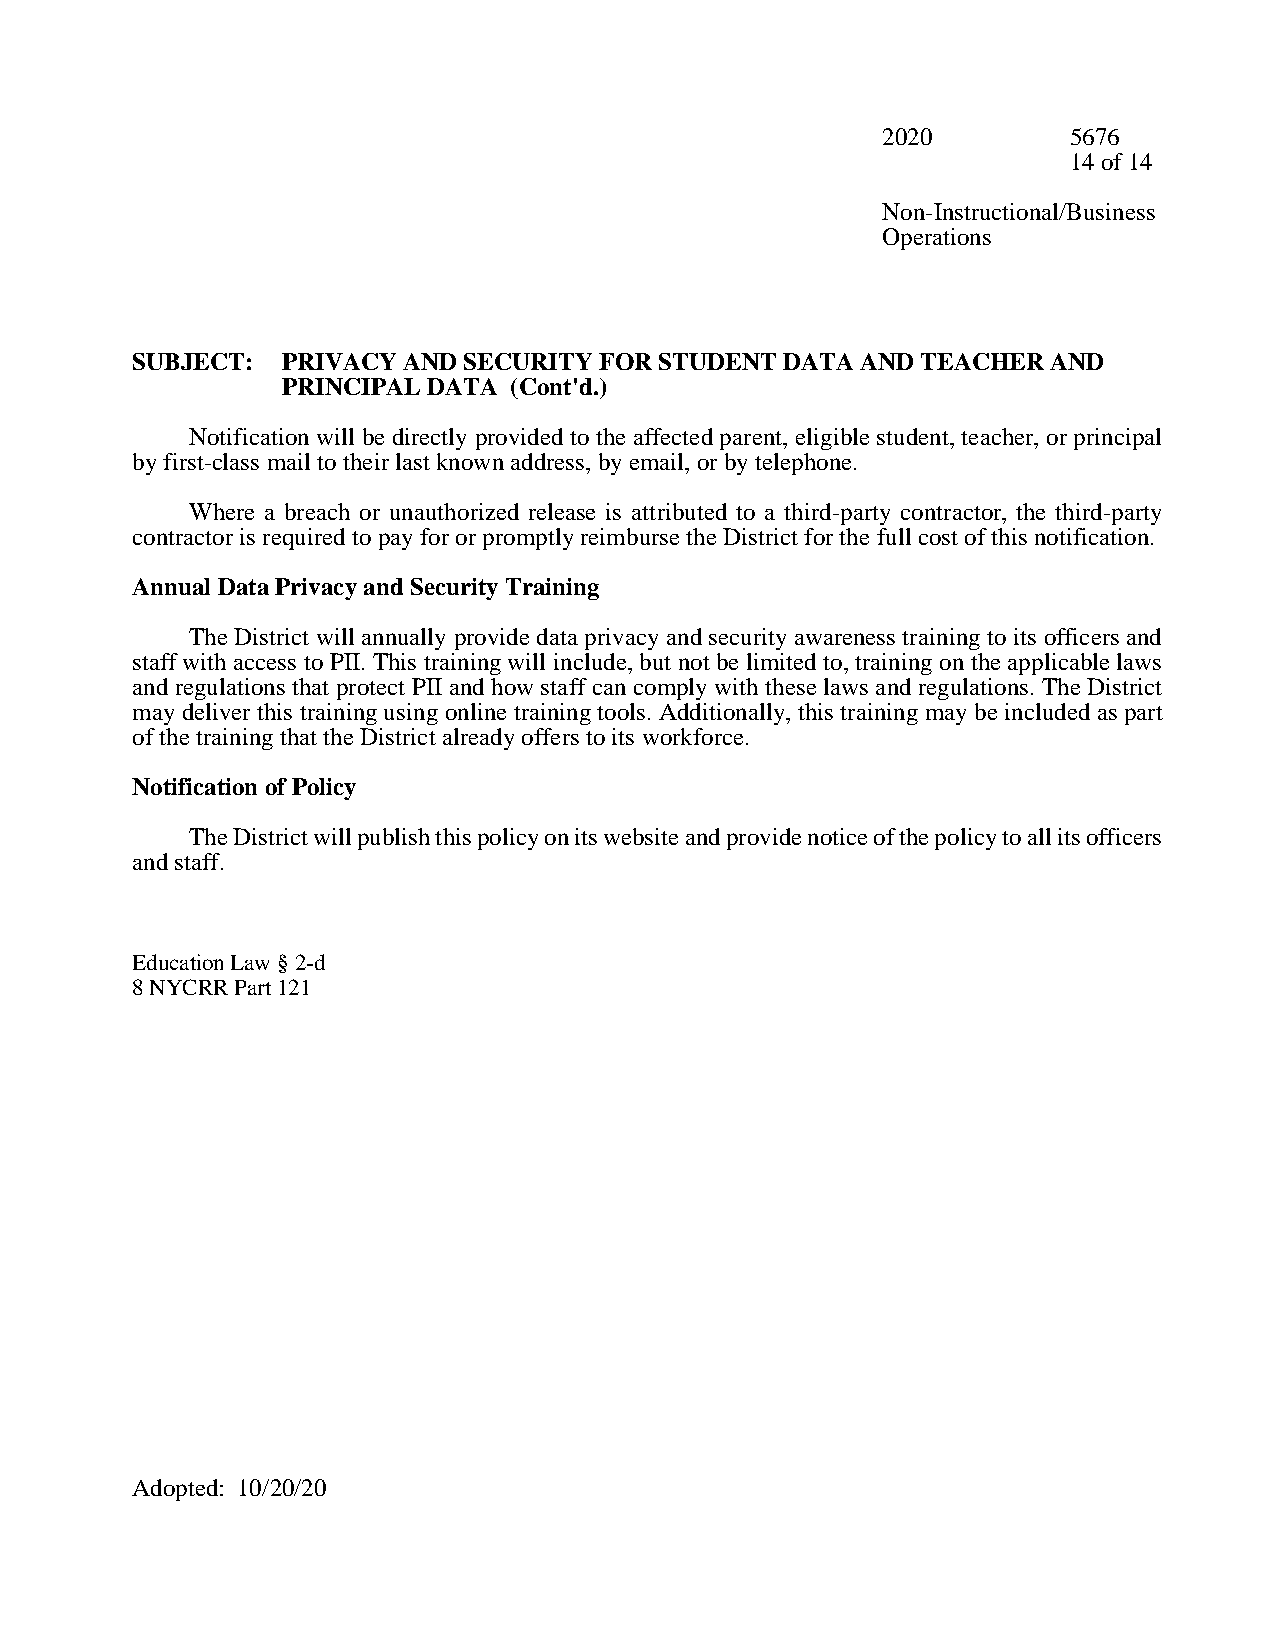
2020         5676
 14 of 14
 Non-Instructional/Business
 Operations
 SUBJECT:  PRIVACY AND SECURITY FOR STUDENT DATA AND TEACHER  AND
 PRINCIPAL DATA (Cont'd.)
 Notification will be directly provided to the affected parent, eligible student, teacher, or principal
 by first-class mail to their last known address, by email, or by telephone.
 Where a breach or unauthorized release is attributed to a third-party contractor, the third-party
 contractor is required to pay for or promptly reimburse the District for the full cost of this notification.
 Annual Data Privacy and Security Training
 The District will annually provide data privacy and security awareness training to its officers and
 staff with access to PII. This training will include, but not be limited to, training on the applicable laws
 and regulations that protect PII and how staff can comply with these laws and regulations. The District
 may deliver this training using online training tools. Additionally, this training may be included as part
 of the training that the District already offers to its workforce.
 Notification of Policy
 The District will publish this policy on its website and provide notice of the policy to all its officers
 and staff.
 Education Law § 2-d
 8 NYCRR Part 121
 Adopted: 10/20/20